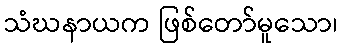
သံဃနာယက ဖြစ်တော်မူသော၊